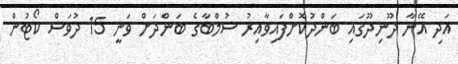
އަދި އޭނާ ދޫނިދޫގައި ބަންދުކޮށްފައިވާއިރު ސުމްބާގެ ބަންދަށް ވަނީ 15 ދުވަސް ކޯޓުން